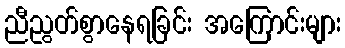
ညီညွတ်စွာနေရခြင်း အကြောင်းများ